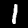
Label: 1